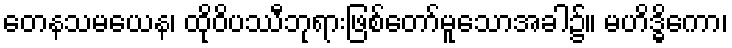
တေနသမယေန၊ ထိုဝိပဿီဘုရားဖြစ်တော်မူသောအခါ၌။ မဟိဒ္ဓိကော၊